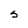
Character: S